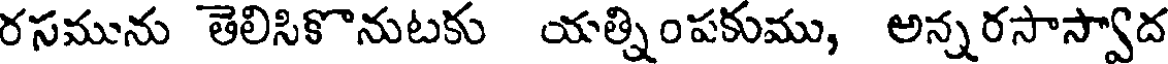
రసమును తెలిసికొనుటకు యత్నింపకుము, అన్నరసాస్వాద